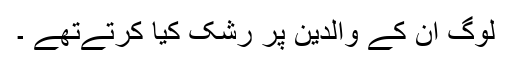
لوگ ان کے والدین پر رشک کیا کرتےتھے ۔